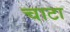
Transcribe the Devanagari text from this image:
चाटा